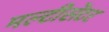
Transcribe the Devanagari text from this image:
मल्टीसेंटर